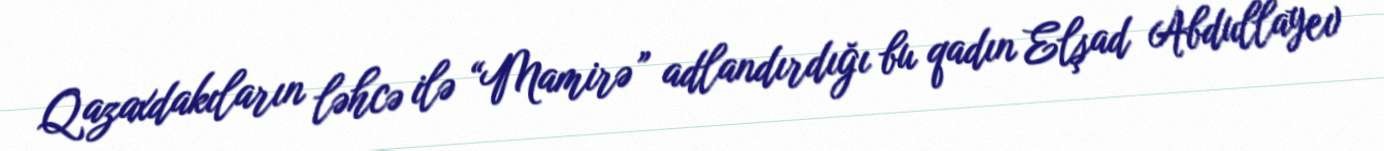
Qazaxdakıların ləhcə ilə “Mamirə” adlandırdığı bu qadın Elşad Abdullayev